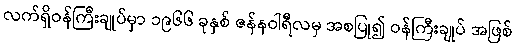
လက်ရှိဝန်ကြီးချုပ်မှာ ၁၉၆၆ ခုနှစ် ဇန်နဝါရီလမှ အစပြု၍ ဝန်ကြီးချုပ် အဖြစ်